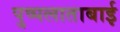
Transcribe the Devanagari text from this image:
पुष्पलाताबाई